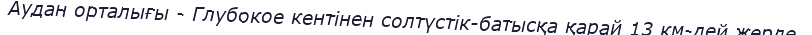
Аудан орталығы - Глубокое кентінен солтүстік-батысқа қарай 13 км-дей жерде.